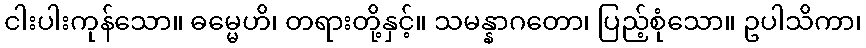
ငါးပါးကုန်သော။ ဓမ္မေဟိ၊ တရားတို့နှင့်။ သမန္နာဂတော၊ ပြည့်စုံသော။ ဥပါသိကာ၊